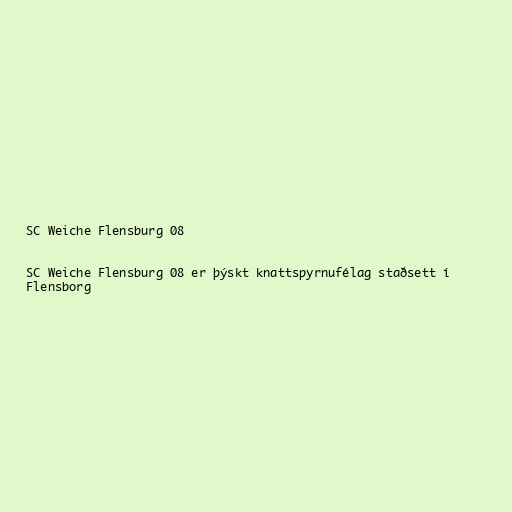
SC Weiche Flensburg 08

SC Weiche Flensburg 08 er þýskt knattspyrnufélag staðsett í
Flensborg